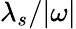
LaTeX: \lambda_{s}/{\vert}\omega{\vert}